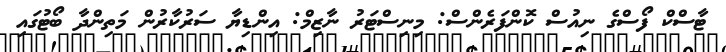
ޓާސްކް ފޯސްގެ ނިއުސް ކޮންފަރެންސް: މިނިސްޓަރު ނާޒިމް: އިންޑިޔާ ސަރުކާރުން މަތިންދާ ބޯޓުގައި